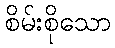
စိမ်းစိုသော